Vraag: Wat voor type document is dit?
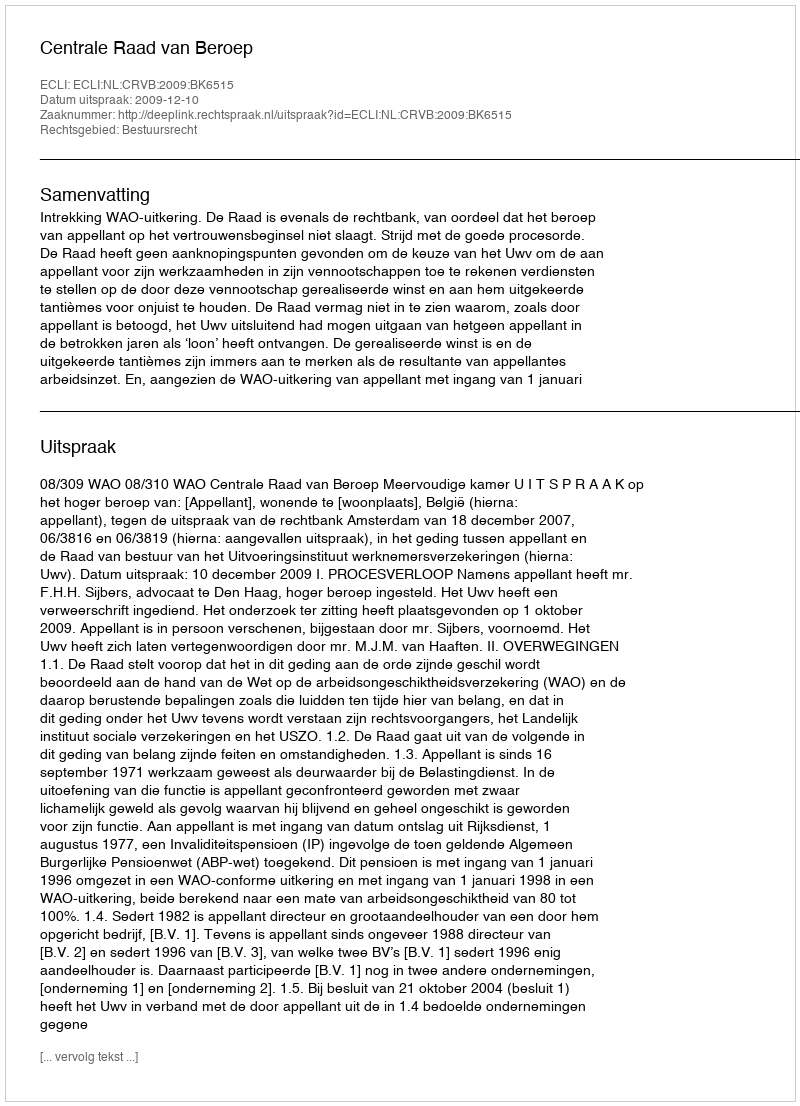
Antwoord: Uitspraak